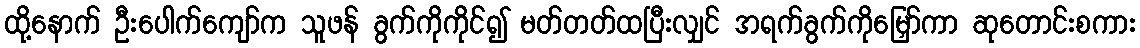
ထို့နောက် ဦးပေါက်ကျော်က သူဖန် ခွက်ကိုကိုင်၍ မတ်တတ်ထပြီးလျှင် အရက်ခွက်ကိုမြှော်ကာ ဆုတောင်းစကား